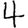
Digit: 4